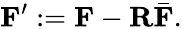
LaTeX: \mathbf{F}^{\prime}:=\mathbf{F}-\mathbf{R}\bar{\mathbf{F}}.